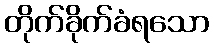
တိုက်ခိုက်ခံရသော